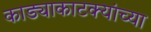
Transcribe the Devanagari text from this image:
काड्याकाटक्यांच्या